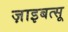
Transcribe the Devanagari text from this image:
ज़ाइबत्सू